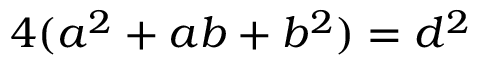
4 ( a ^ { 2 } + a b + b ^ { 2 } ) = d ^ { 2 }